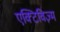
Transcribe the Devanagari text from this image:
एक्टिविज़्म